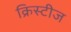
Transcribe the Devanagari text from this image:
क्रिस्टीज